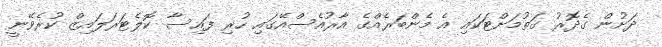
ދަށުން ގެދޮރު ގަތުމަށްޓަކައި އެ މެންބަރެއްގެ އާރުއެސްއޭގައި ހުރި ފައިސާ ކޮލެޓަރަލައިޒް ކުރެވޭނީ